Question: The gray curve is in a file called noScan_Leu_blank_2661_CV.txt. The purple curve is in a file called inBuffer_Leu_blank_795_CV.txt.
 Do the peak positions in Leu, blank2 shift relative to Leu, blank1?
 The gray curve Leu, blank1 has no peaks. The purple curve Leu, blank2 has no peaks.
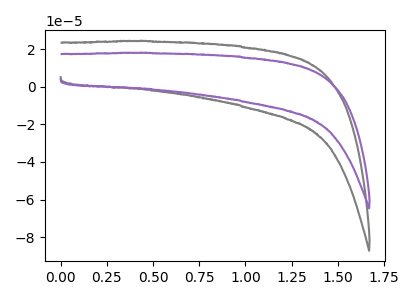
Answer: <think>Neither "Leu, blank2" or "Leu, blank1" have any peaks.
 </think>
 <answer>No, "Leu, blank2" and "Leu, blank1" don't appear to be significantly different in shape</answer>
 <eval>no_change</eval>